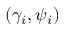
( \gamma _ { i } , \psi _ { i } )